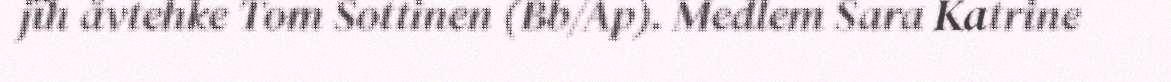
jïh åvtehke Tom Sottinen (Bb/Ap). Medlem Sara Katrine